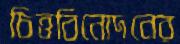
চিত্তবিনোদনের